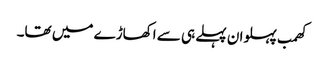
کھمب پہلوان پہلے ہی سے اکھاڑے میں تھا۔